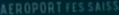
AEROPORTFESSANS